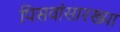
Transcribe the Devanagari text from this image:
पिसवांसारख्या